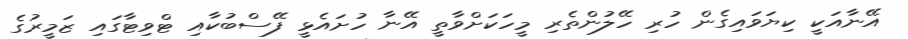
އޭނާއަކީ ކިޔަވައިގެން ހުރި ހޭލުންތެރި މީހަކަށްވާތީ އޭނާ ހުށައެޅީ ފޭސްބުކާއި ޓްވިޓާގައި ޒަމީރުގެ